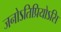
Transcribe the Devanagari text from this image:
जनोऽतिप्रियोऽसि